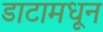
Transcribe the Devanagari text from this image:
डाटामधून